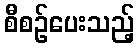
စီစဉ်ပေးသည့်